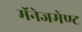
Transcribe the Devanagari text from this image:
मॅनेजमेण्ट